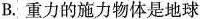
B. 重力的施力物体是地球